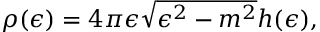
\rho ( \epsilon ) = 4 \pi \epsilon \sqrt { \epsilon ^ { 2 } - m ^ { 2 } } h ( \epsilon ) ,